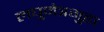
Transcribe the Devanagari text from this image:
लघुनेत्रगुहा